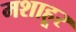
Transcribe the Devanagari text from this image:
मशाहूर